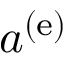
a ^ { \left( \mathrm { e } \right) }